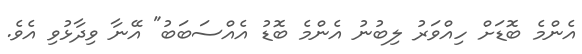
އެންމެ ބޮޑަށް ހިއްވަރު ލިބުނު އެންމެ ބޮޑު އެއްސަބަބު" އޭނާ ވިދާޅުވި އެވެ.